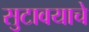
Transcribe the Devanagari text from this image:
सुटावयाचे